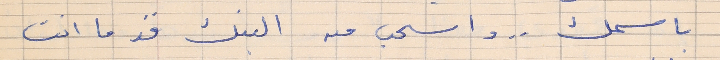
باسمك . . واسحب من البنك قد ما انت